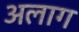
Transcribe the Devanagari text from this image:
अलाग